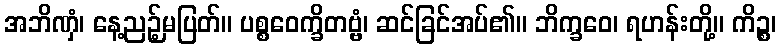
အဘိဏှံ၊ နေ့ညဉ့်မပြတ်။ ပစ္စဝေက္ခိတဗ္ဗံ၊ ဆင်ခြင်အပ်၏။ ဘိက္ခဝေ၊ ရဟန်းတို့။ ကိဉ္စ၊